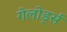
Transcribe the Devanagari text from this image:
गेलोर्ड्स